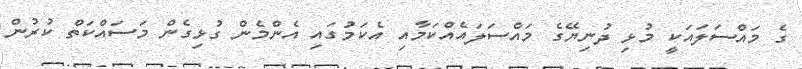
ގެ މައްސަލައަކީ މުޅި ދުނިޔޭގެ މައްސަލައެއްކަމާއި އެކަމުގައި އެންމެން ގުޅިގެން މަސައްކަތް ކުރުން